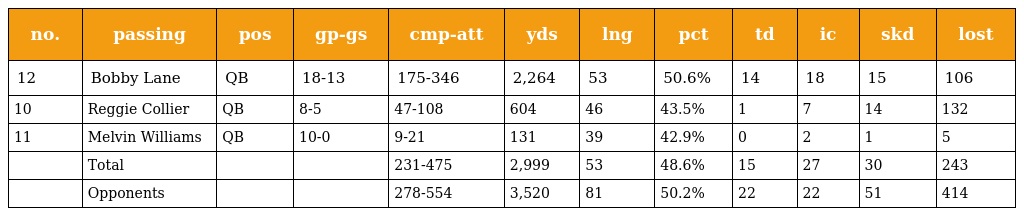
| no. | passing | pos | gp-gs | cmp-att | yds | lng | pct | td | ic | skd | lost |
 | --- | --- | --- | --- | --- | --- | --- | --- | --- | --- | --- | --- |
 | 12 | Bobby Lane | QB | 18-13 | 175-346 | 2,264 | 53 | 50.6% | 14 | 18 | 15 | 106 |
 | 10 | Reggie Collier | QB | 8-5 | 47-108 | 604 | 46 | 43.5% | 1 | 7 | 14 | 132 |
 | 11 | Melvin Williams | QB | 10-0 | 9-21 | 131 | 39 | 42.9% | 0 | 2 | 1 | 5 |
 |  | Total |  |  | 231-475 | 2,999 | 53 | 48.6% | 15 | 27 | 30 | 243 |
 |  | Opponents |  |  | 278-554 | 3,520 | 81 | 50.2% | 22 | 22 | 51 | 414 |